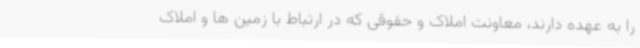
را به عهده دارند، معاونت املاک و حقوقی که در ارتباط با زمین ها و املاک